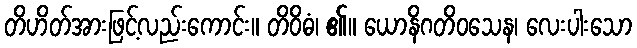
တိဟိတ်အားဖြင့်လည်းကောင်း။ တိဝိဓံ၊ ၏။ ယောနိဂတိဝသေန၊ လေးပါးသော